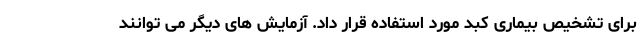
برای تشخیص بیماری کبد مورد استفاده قرار داد. آزمایش های دیگر می توانند